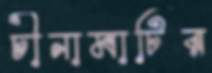
চীনামাটির